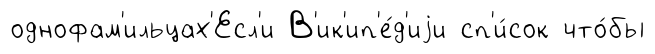
однофам'ильцах'Есл'и В'ик'ип'е́д'иjи сп'и́сок что́бы